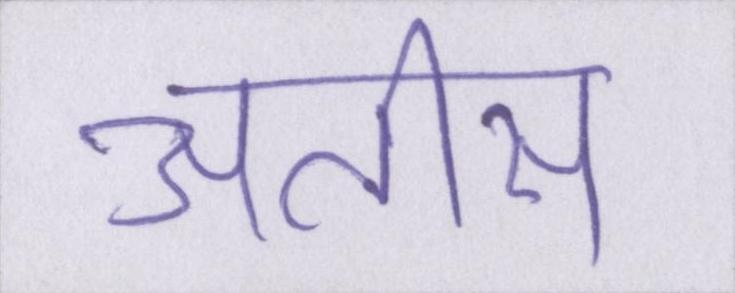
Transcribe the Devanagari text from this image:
अतीस